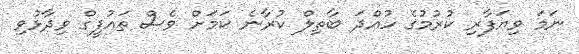
ނަމަ ވިޔަފާރި ކުރުމުގެ ހުއްދަ ބާތިލް ކުރާނެ ކަމަށް ވެސް ތައުފީގް ވިދާޅުވި